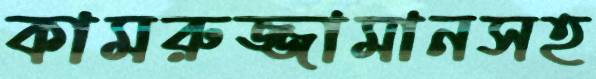
কামরুজ্জামানসহ